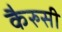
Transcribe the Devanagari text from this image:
कैरुसी